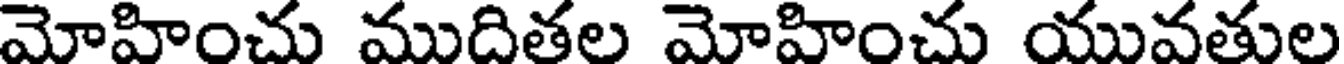
మోహించు ముదితల మోహించు యువతుల